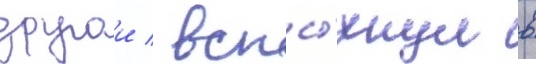
другои / вспы́хнул в